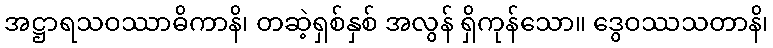
အဋ္ဌာရသဝဿာဓိကာနိ၊ တဆဲ့ရှစ်နှစ် အလွန် ရှိကုန်သော။ ဒွေဝဿသတာနိ၊